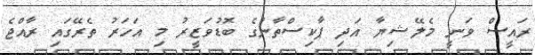
ރައީސް ވަނީ މެލޭޝިޔާ އަދި ޕާކިސްތާނުގެ ބޮޑުވަޒީރު މި އަހަރު ތެރޭގައި ރާއްޖެ